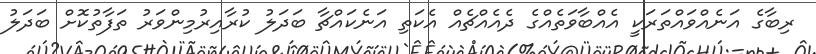
ރިބާގެ އަނެއްވައްތަރަކީ އެއްބާވަތެއްގެ ދެއެއްޗެއް އެކަތި އަނެކައްޗާ ބަދަލު ކުރާއިރުމިންވަރު ތަފާތުކޮށް ބަދަލު